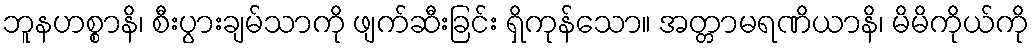
ဘူနဟစ္စာနိ၊ စီးပွားချမ်သာကို ဖျက်ဆီးခြင်း ရှိကုန်သော။ အတ္တာမရဏိယာနိ၊ မိမိကိုယ်ကို